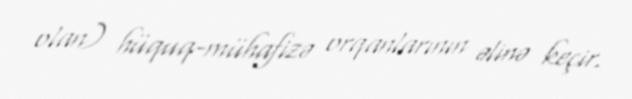
olan) hüquq-mühafizə orqanlarının əlinə keçir.